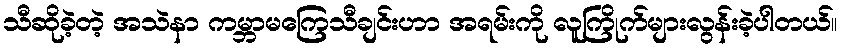
သီဆိုခဲ့တဲ့ အသဲနာ ကမ္ဘာမကြေသီချင်းဟာ အရမ်းကို လူကြိုက်များလွန်းခဲ့ပါတယ်။